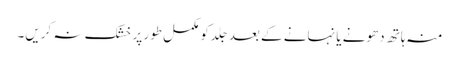
منہ ہاتھ دھونے یا نہانے کے بعد جِلد کو مکمل طور پر خشک نہ کریں۔